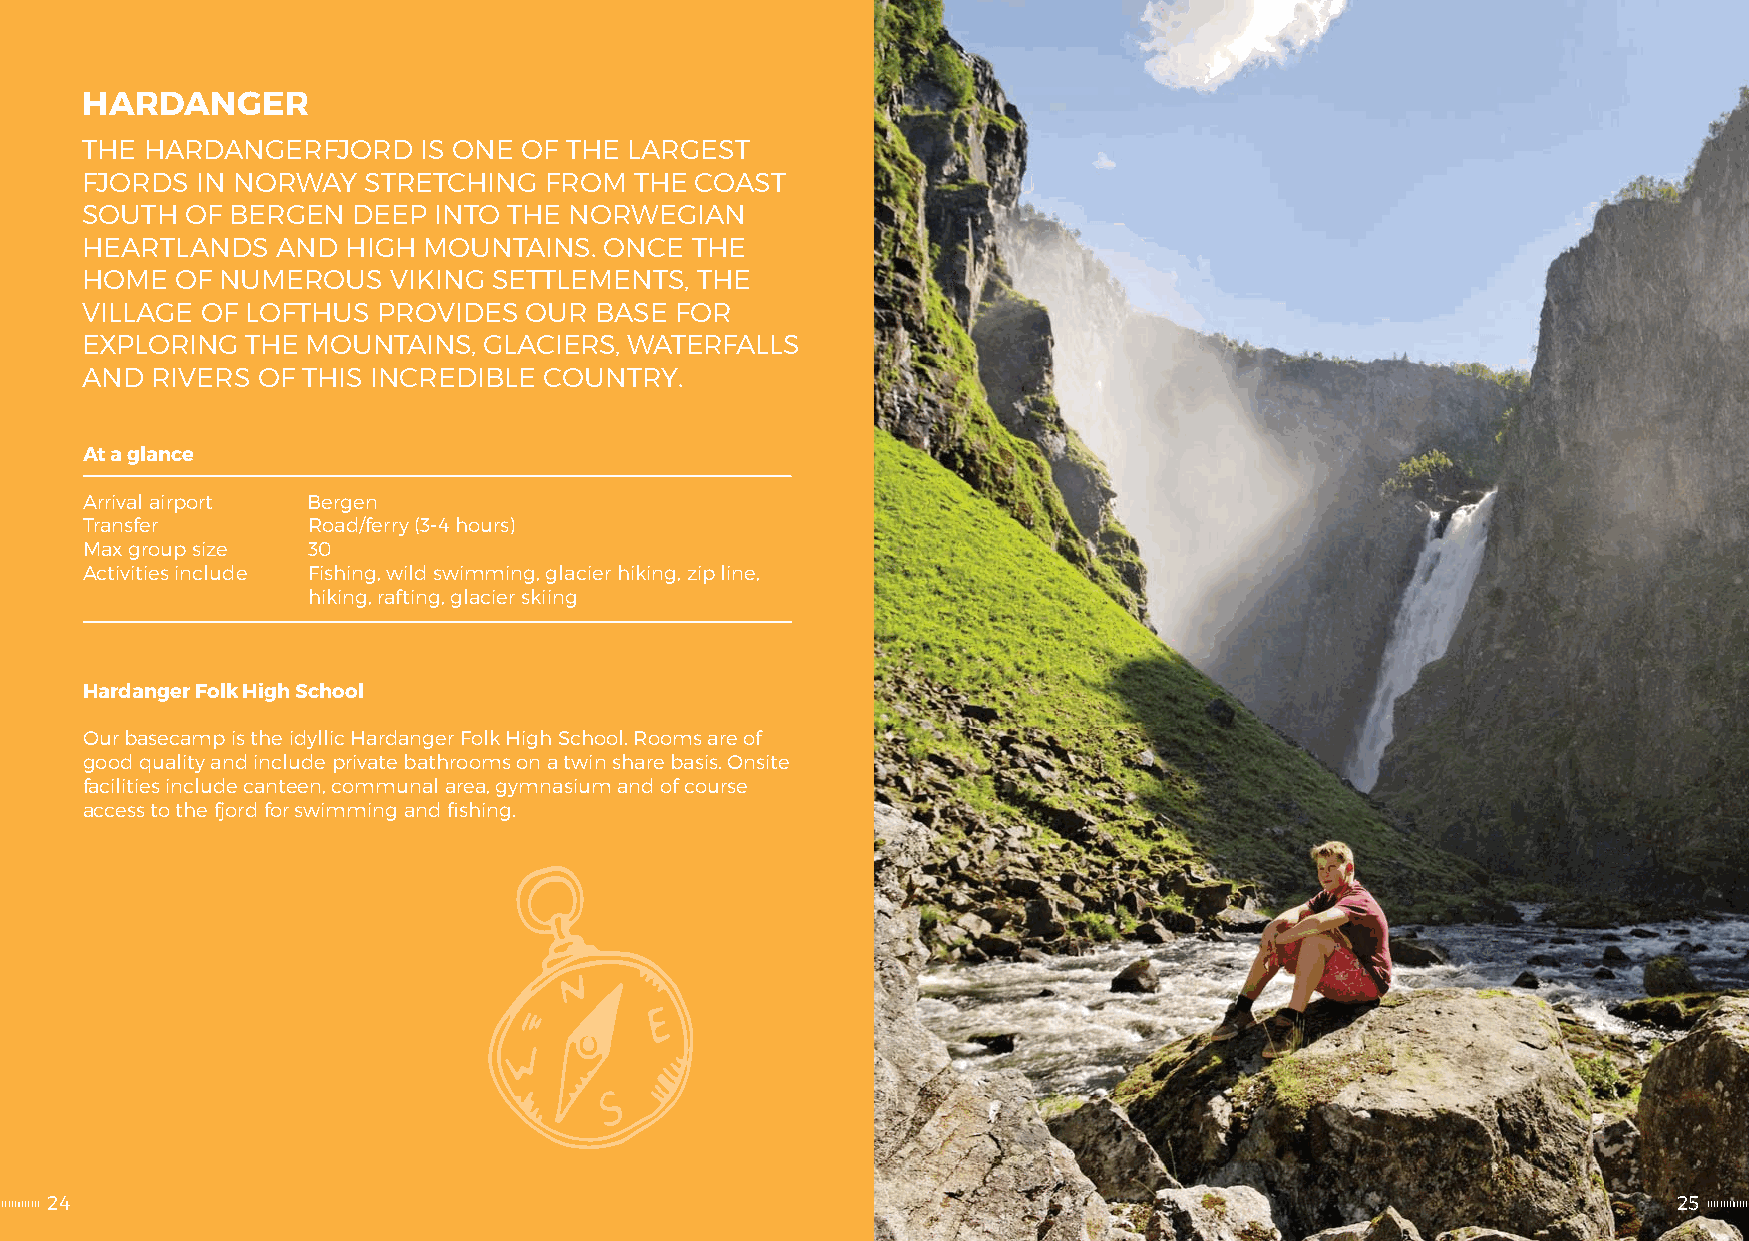
HARDANGER
 THE  HARDANGERFJORD    IS ONE OF THE LARGEST
 FJORDS  IN NORWAY  STRETCHING  FROM  THE COAST
 SOUTH  OF BERGEN  DEEP  INTO THE NORWEGIAN
 HEARTLANDS   AND  HIGH MOUNTAINS.  ONCE  THE
 HOME   OF NUMEROUS   VIKING SETTLEMENTS, THE
 VILLAGE OF LOFTHUS  PROVIDES  OUR BASE  FOR
 EXPLORING  THE MOUNTAINS,  GLACIERS, WATERFALLS
 AND  RIVERS OF THIS INCREDIBLE COUNTRY.
 At a glance
 Arrival airport Bergen
 Transfer       Road/ferry (3-4 hours)
 Max group size 30
 Activities include Fishing, wild swimming, glacier hiking, zip line,
 hiking, rafting, glacier skiing
 Hardanger Folk High School
 Our basecamp is the idyllic Hardanger Folk High School. Rooms are of
 good quality and include private bathrooms on a twin share basis. Onsite
 facilities include canteen, communal area, gymnasium and of course
 access to the fjord for swimming and fishing.
 24                                                                                                          25